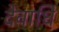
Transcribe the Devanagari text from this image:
देवाधि